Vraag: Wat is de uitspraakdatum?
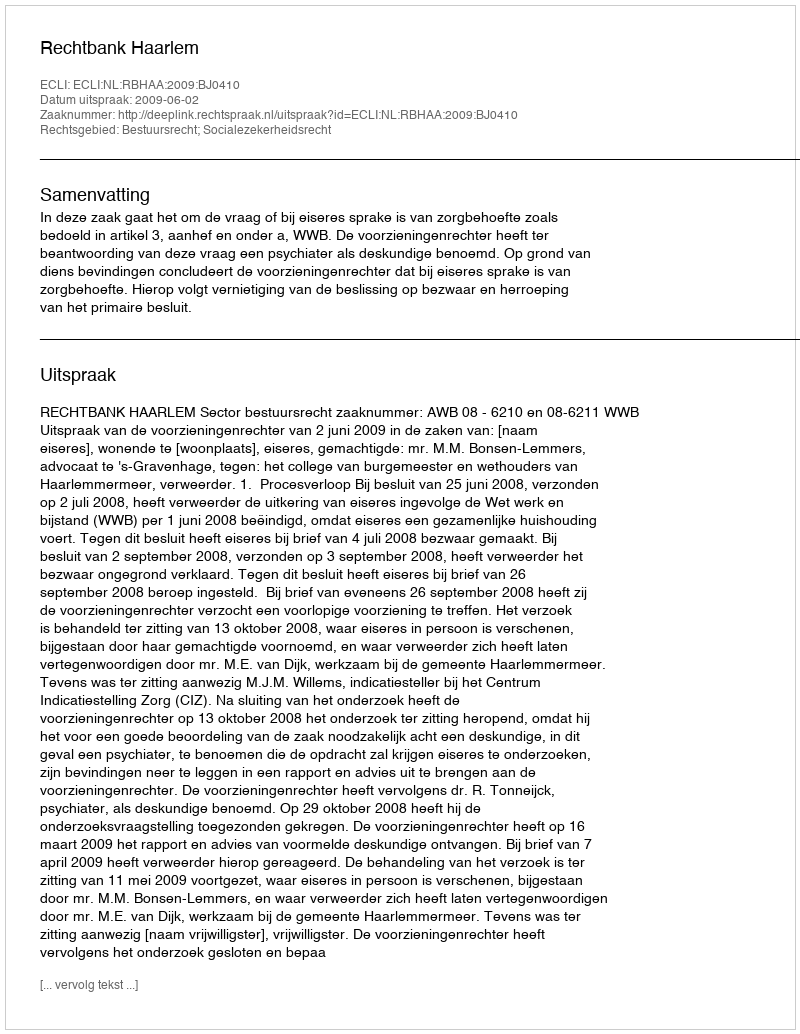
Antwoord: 2009-06-02